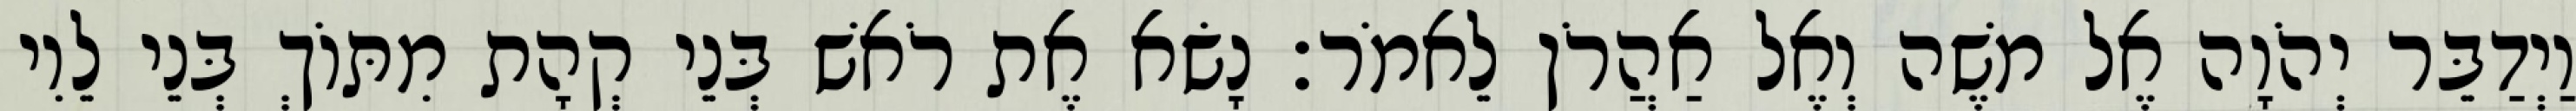
וַיְדַבֵּר יְהֹוָה אֶל משֶׁה וְאֶל אַהֲרֹן לֵאמֹר׃ נָשׂא אֶת רֹאשׁ בְּנֵי קְהָת מִתּוֹךְ בְּנֵי לֵוִי